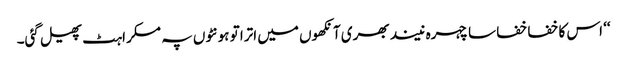
‘‘ اس کا خفا خفا سا چہرہ نیند بھری آنکھوں میں اترا تو ہونٹوں پہ مسکراہٹ پھیل گئی۔